Civil Veterinary Dept. Bombay admin report 1923-31 - 1923-1931
Year: 1923
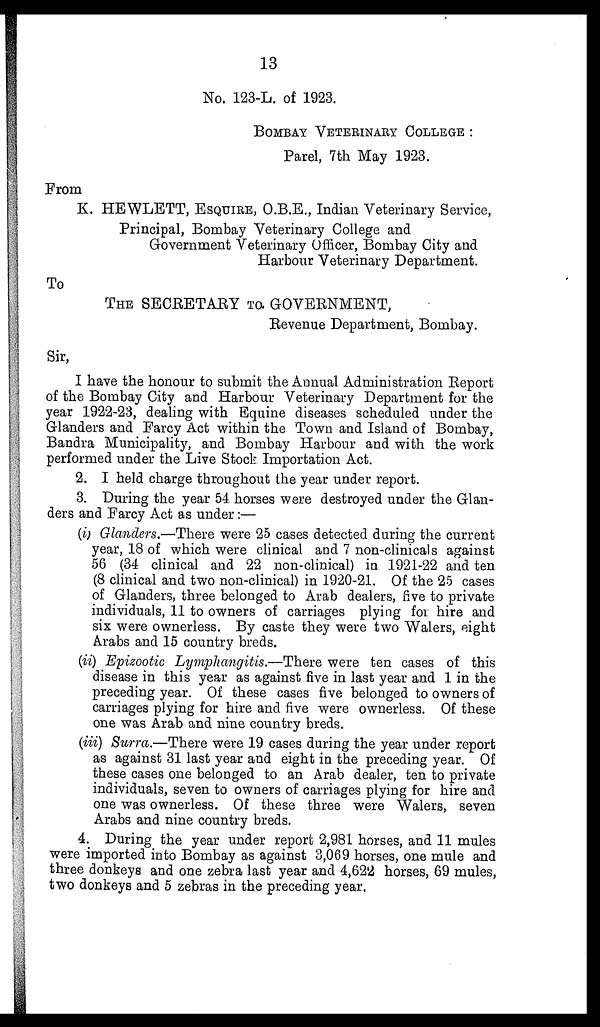
13
No. 123-L. of 1923.
BOMBAY VETERINARY COLLEGE :
Parel, 7th May 1923.
From
K. HEWLETT, ESQUIRE, O.B.E., Indian Veterinary Service,
Principal, Bombay Veterinary College and
Government Veterinary Officer, Bombay City and
Harbour Veterinary Department.
To
THE SECRETARY TO GOVERNMENT,
Revenue Department, Bombay.
Sir,
I have the honour to submit the Annual Administration Report
of the Bombay City and Harbour Veterinary Department for the
year 1922-23, dealing with Equine diseases scheduled under the
Glanders and Farcy Act within the Town and Island of Bombay,
Bandra Municipality, and Bombay Harbour and with the work
performed under the Live Stock Importation Act.
2. I held charge throughout the year under report.
3. During the year 54 horses were destroyed under the Glan-
ders and Farcy Act as under :—
(i) Glanders.—There were 25 cases detected during the current
year, 18 of which were clinical and 7 non-clinicals against
56 (34 clinical and 22 non-clinical) in 1921-22 and ten
(8 clinical and two non-clinical) in 1920-21. Of the 25 cases
of Glanders, three belonged to Arab dealers, five to private
individuals, 11 to owners of carriages plying for hire and
six were ownerless. By caste they were two Walers, eight
Arabs and 15 country breds.
(ii) Epizootic Lymphangitis.—There were ten cases of this
disease in this year as against five in last year and 1 in the
preceding year. Of these cases five belonged to owners of
carriages plying for hire and five were ownerless. Of these
one was Arab and nine country breds.
(iii) Surra.—There were 19 cases during the year under report
as against 31 last year and eight in the preceding year. Of
these cases one belonged to an Arab dealer, ten to private
individuals, seven to owners of carriages plying for hire and
one was ownerless. Of these three were Walers, seven
Arabs and nine country breds.
4. During the year under report 2,981 horses, and 11 mules
were imported into Bombay as against 3,069 horses, one mule and
three donkeys and one zebra last year and 4,622 horses, 69 mules,
two donkeys and 5 zebras in the preceding year.